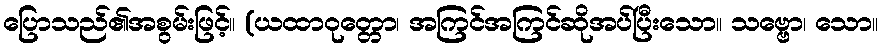
ပြောသည်၏အစွမ်းဖြင့်။ (ယထာဝုတ္တော၊ အကြင်အကြင်ဆိုအပ်ပြီးသော။ သဗ္ဗော၊ သော။